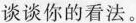
谈谈你的看法。